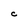
Character: C